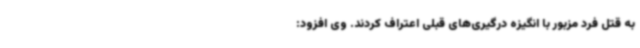
به قتل فرد مزبور با انگیزه درگیری‌های قبلی اعتراف کردند. وی افزود: